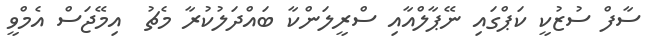
ސާފް ސުޒުކީ ކަޕްގައި ނޭޕާލްއާއި ސްރީލަންކާ ބައްދަލުކުރާ މެޗު  އިމޭޖަސް އެމްވީ